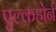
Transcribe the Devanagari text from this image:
एल्कहोर्न